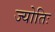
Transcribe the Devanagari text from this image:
ज्योतिः